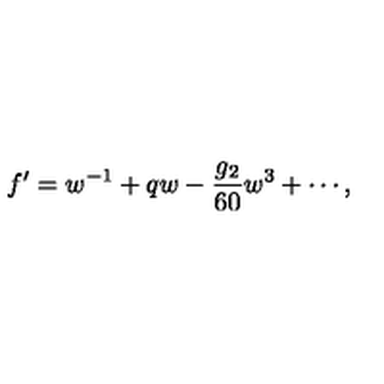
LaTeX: f ^ { \prime } = w ^ { - 1 } + q w - \frac { g _ { 2 } } { 6 0 } w ^ { 3 } + \cdots ,